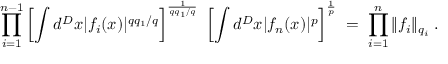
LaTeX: \prod _ { i = 1 } ^ { n - 1 } \left[ \int d ^ { D } x | f _ { i } ( x ) | ^ { q q _ { 1 } / q } \right] ^ { \frac { 1 } { q q _ { 1 } / q } } \; \left[ \int d ^ { D } x | f _ { n } ( x ) | ^ { p } \right] ^ { \frac { 1 } { p } } \; = \; \prod _ { i = 1 } ^ { n } \| f _ { i } \| _ { q _ { i } } \; .